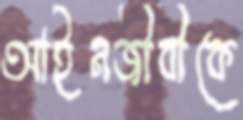
আইনজীবীকে